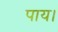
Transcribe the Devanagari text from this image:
पाय।